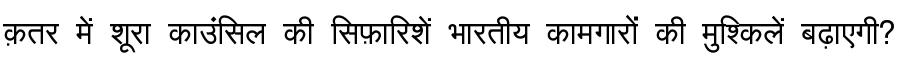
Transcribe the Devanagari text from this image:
क़तर में शूरा काउंसिल की सिफ़ारिशें भारतीय कामगारों की मुश्किलें बढ़ाएगी?